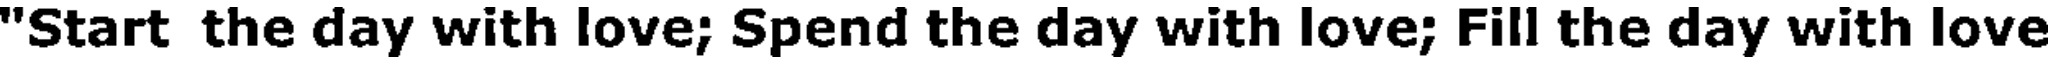
"Start the day with love; Spend the day with love; Fill the day with love